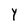
Character: Y